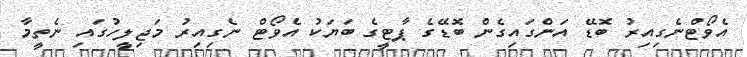
އެވޯޓްނެގިއިރު ބޮޑޭ އަންގައިގެން ބޮޑޭގެ ޕާޓީގެ ބަޔަކު އެވޯޓް ނެގިއިރު މަޖިލީހުގައި ނެތީމާ